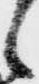
候